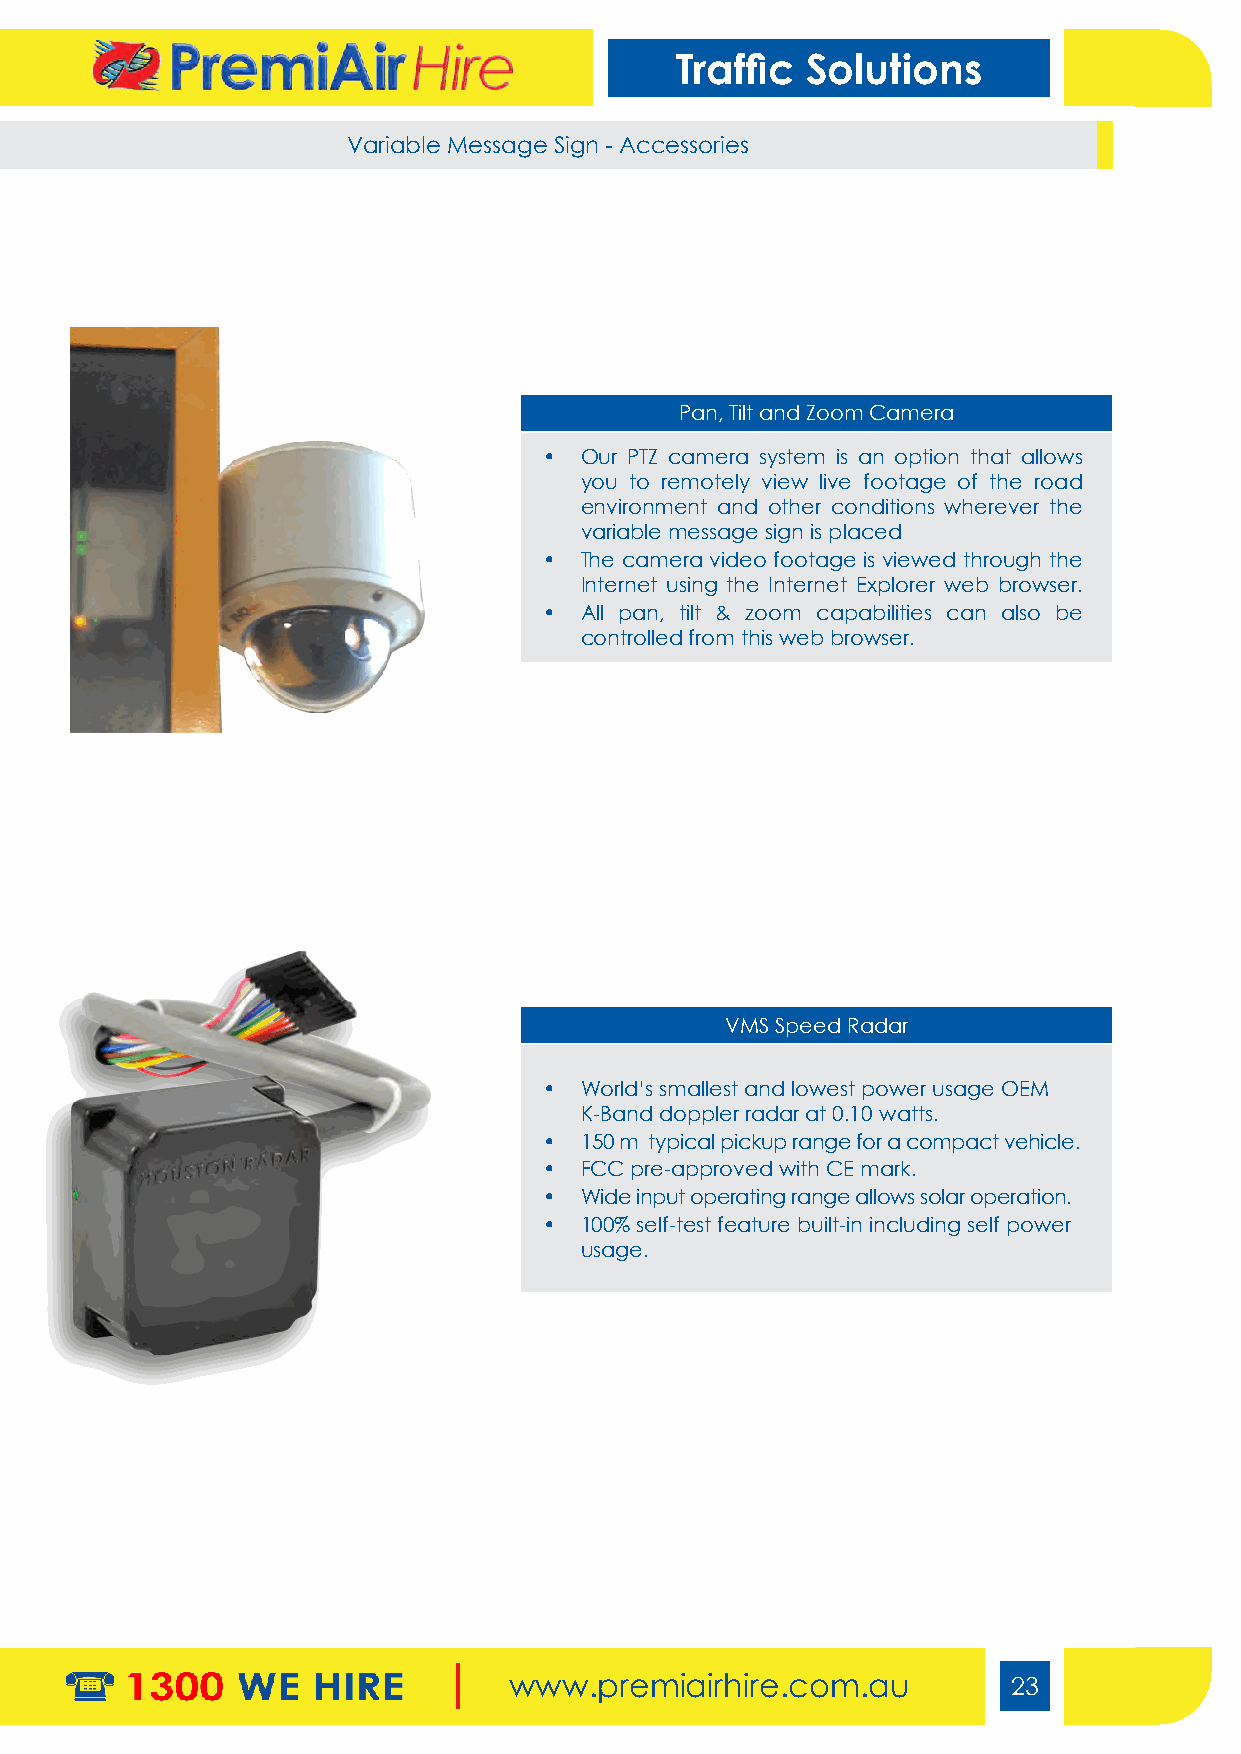
Traffic Solutions
 Variable Message Sign (VMS) Variable Message Sign - Accessories
 Pan, Tilt and Zoom Camera
 • Our PTZ camera system is an option that allows
 you to remotely view live footage of the road
 environment and other conditions wherever the
 variable message sign is placed
 • The camera video footage is viewed through the
 Internet using the Internet Explorer web browser.
 • All pan, tilt & zoom capabilities can also be
 controlled from this web browser.
 VMS Speed Radar
 • World’s smallest and lowest power usage OEM
 K-Band doppler radar at 0.10 watts.
 • 150 m typical pickup range for a compact vehicle.
 • FCC pre-approved with CE mark.
 • Wide input operating range allows solar operation.
 • 100% self-test feature built-in including self power
 usage.
 www.premiairhire.com.au          23